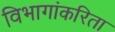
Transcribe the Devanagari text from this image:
विभागांकरिता